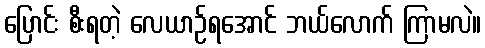
ပြောင်း စီးရတဲ့ လေယာဉ်ရအောင် ဘယ်လောက် ကြာမလဲ။